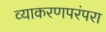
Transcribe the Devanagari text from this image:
व्याकरणपरंपरा